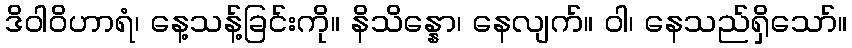
ဒိဝါဝိဟာရံ၊ နေ့သန့်ခြင်းကို။ နိသိန္နော၊ နေလျက်။ ဝါ၊ နေသည်ရှိသော်။